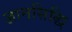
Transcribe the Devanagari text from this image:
ज्ञानसिद्धि